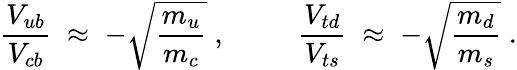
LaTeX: \frac{V_{ub}}{V_{cb}}\; \approx\; -\sqrt{\frac{m_{u}}{m_{c}}}\; ,\; \; \; \; \; \; \; \; \; \frac{V_{td}}{V_{ts}}\; \approx\; -\sqrt{\frac{m_{d}}{m_{s}}}\; .